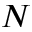
N